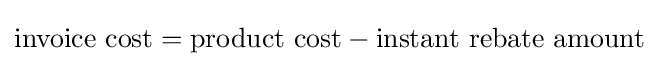
{\text{invoice cost}}={\text{product cost}}-{\text{instant rebate amount}}